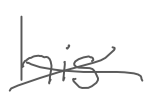
Text: his
Cross-out: cross
Writing tool: digital_gray